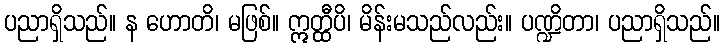
ပညာရှိသည်။ န ဟောတိ၊ မဖြစ်။ ဣတ္ထီပိ၊ မိန်းမသည်လည်း။ ပဏ္ဍိတာ၊ ပညာရှိသည်။